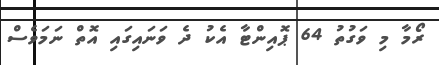
ރޯމާ މި ވަގުތު 64 ޕޮއިންޓާ އެކު ދެ ވަނައިގައި އޮތް ނަމަވެސް